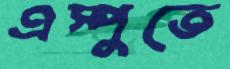
এস্পুতে